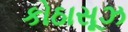
કોઠાસૂઝ